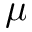
\mu